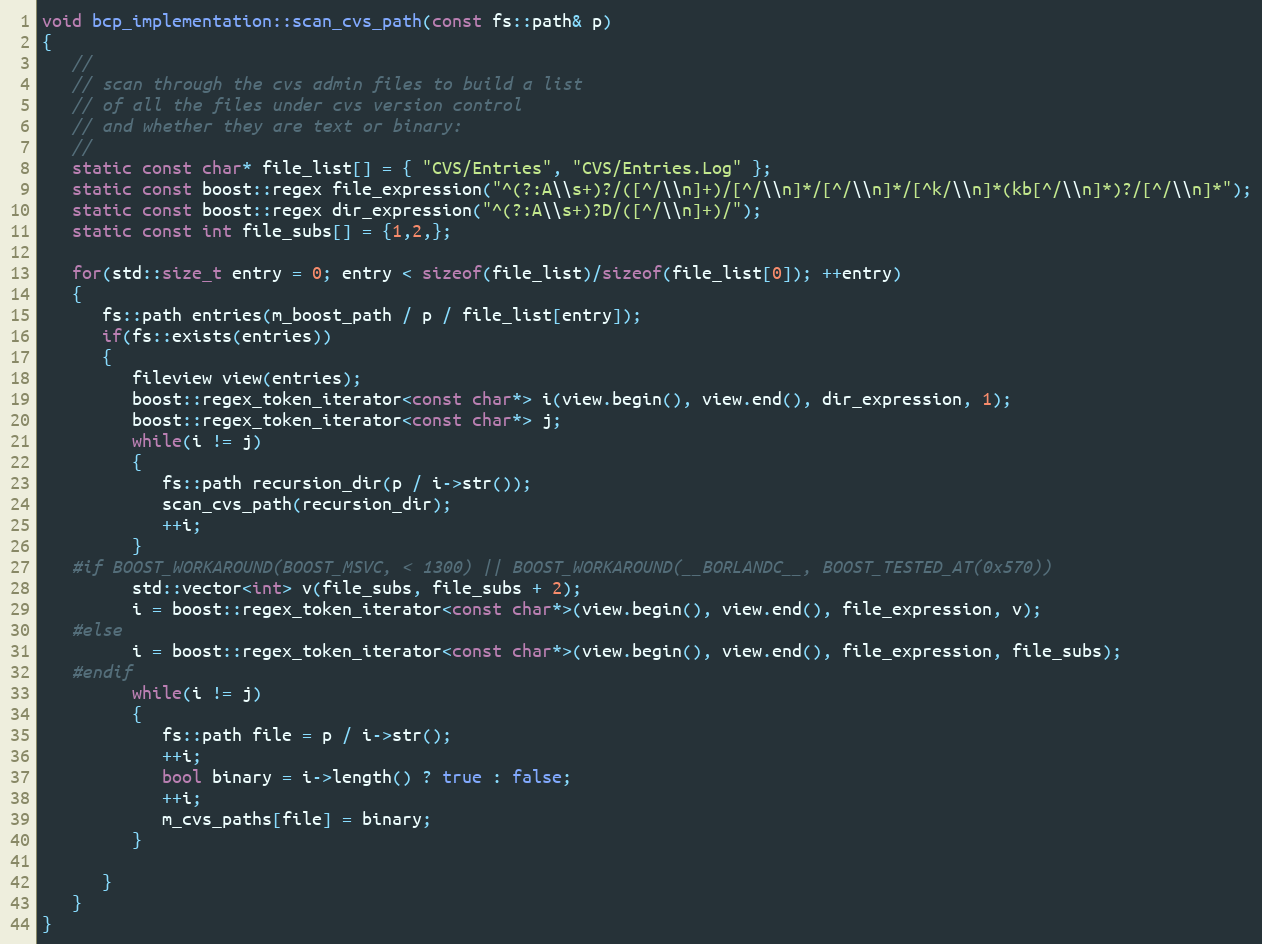
Language: C++
void bcp_implementation::scan_cvs_path(const fs::path& p)
{
   //
   // scan through the cvs admin files to build a list
   // of all the files under cvs version control
   // and whether they are text or binary:
   //
   static const char* file_list[] = { "CVS/Entries", "CVS/Entries.Log" };
   static const boost::regex file_expression("^(?:A\\s+)?/([^/\\n]+)/[^/\\n]*/[^/\\n]*/[^k/\\n]*(kb[^/\\n]*)?/[^/\\n]*");
   static const boost::regex dir_expression("^(?:A\\s+)?D/([^/\\n]+)/");
   static const int file_subs[] = {1,2,};

   for(std::size_t entry = 0; entry < sizeof(file_list)/sizeof(file_list[0]); ++entry)
   {
      fs::path entries(m_boost_path / p / file_list[entry]);
      if(fs::exists(entries))
      {
         fileview view(entries);
         boost::regex_token_iterator<const char*> i(view.begin(), view.end(), dir_expression, 1);
         boost::regex_token_iterator<const char*> j;
         while(i != j)
         {
            fs::path recursion_dir(p / i->str());
            scan_cvs_path(recursion_dir);
            ++i;
         }
   #if BOOST_WORKAROUND(BOOST_MSVC, < 1300) || BOOST_WORKAROUND(__BORLANDC__, BOOST_TESTED_AT(0x570))
         std::vector<int> v(file_subs, file_subs + 2);
         i = boost::regex_token_iterator<const char*>(view.begin(), view.end(), file_expression, v);
   #else
         i = boost::regex_token_iterator<const char*>(view.begin(), view.end(), file_expression, file_subs);
   #endif
         while(i != j)
         {
            fs::path file = p / i->str();
            ++i;
            bool binary = i->length() ? true : false;
            ++i;
            m_cvs_paths[file] = binary;
         }

      }
   }
}